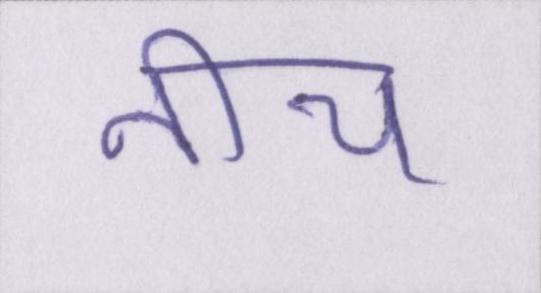
नीच